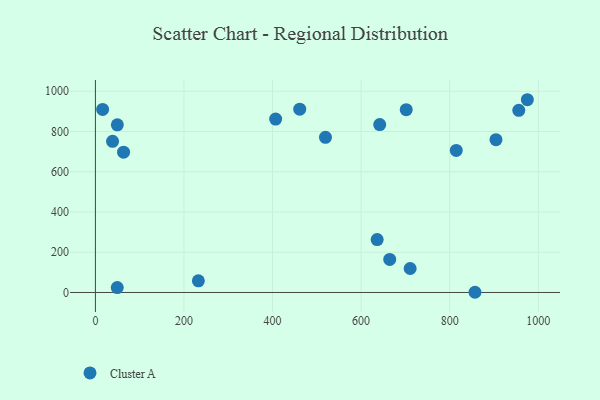
{"axis": {"x": "Experience", "y": "Yield"}, "legend": ["Cluster A"], "data": [{"x": "814.8", "y": 705.9, "type": "Cluster A"}, {"x": "701.8", "y": 908.4, "type": "Cluster A"}, {"x": "407.0", "y": 861.9, "type": "Cluster A"}, {"x": "461.4", "y": 911.0, "type": "Cluster A"}, {"x": "956.0", "y": 905.1, "type": "Cluster A"}, {"x": "636.2", "y": 262.9, "type": "Cluster A"}, {"x": "904.5", "y": 759.4, "type": "Cluster A"}, {"x": "642.0", "y": 834.3, "type": "Cluster A"}, {"x": "49.5", "y": 833.3, "type": "Cluster A"}, {"x": "38.7", "y": 751.2, "type": "Cluster A"}, {"x": "857.1", "y": 1.0, "type": "Cluster A"}, {"x": "16.3", "y": 909.7, "type": "Cluster A"}, {"x": "232.5", "y": 58.0, "type": "Cluster A"}, {"x": "63.6", "y": 697.4, "type": "Cluster A"}, {"x": "519.5", "y": 770.8, "type": "Cluster A"}, {"x": "49.3", "y": 24.6, "type": "Cluster A"}, {"x": "975.4", "y": 957.9, "type": "Cluster A"}, {"x": "710.7", "y": 119.1, "type": "Cluster A"}, {"x": "664.6", "y": 164.5, "type": "Cluster A"}]}